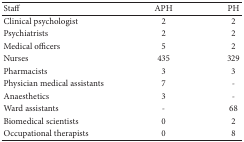
<table><thead><tr><td><b>Staff</b></td><td><b>APH</b></td><td><b>PH</b></td></tr></thead><tbody><tr><td>Clinical psychologist</td><td>2</td><td>2</td></tr><tr><td>Psychiatrists</td><td>2</td><td>2</td></tr><tr><td>Medical officers</td><td>5</td><td>2</td></tr><tr><td>Nurses</td><td>435</td><td>329</td></tr><tr><td>Pharmacists</td><td>3</td><td>3</td></tr><tr><td>Physician medical assistants</td><td>7</td><td>-</td></tr><tr><td>Anaesthetics</td><td>3</td><td>-</td></tr><tr><td>Ward assistants</td><td>-</td><td>68</td></tr><tr><td>Biomedical scientists</td><td>0</td><td>2</td></tr><tr><td>Occupational therapists</td><td>0</td><td>8</td></tr></tbody></table>